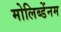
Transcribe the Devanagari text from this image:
मोलिब्डेंनम